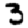
Digit: 3